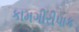
કામગીરીપાક